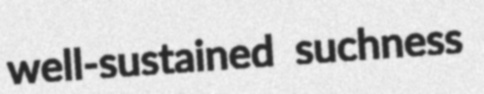
well-sustained suchness